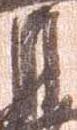
月